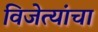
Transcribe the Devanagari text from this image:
विजेत्यांचा